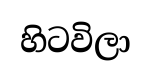
හිටවිලා